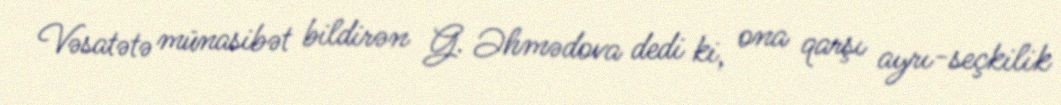
Vəsatətə münasibət bildirən G. Əhmədova dedi ki, ona qarşı ayrı-seçkilik